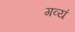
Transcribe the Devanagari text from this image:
गव्यं